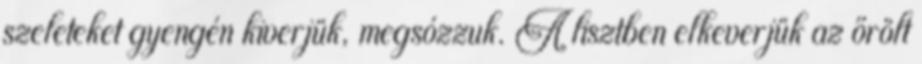
szeleteket gyengén kiverjük, megsózzuk. A lisztben elkeverjük az őrölt